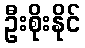
ဦးစိုးနိုင်